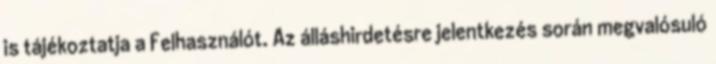
is tájékoztatja a Felhasználót. Az álláshirdetésre jelentkezés során megvalósuló